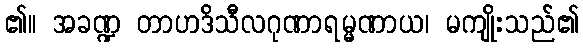
၏။ အခဏ္ဍ တာဟဒိသီလဂုဏာရမ္မဏာယ၊ မကျိုးသည်၏